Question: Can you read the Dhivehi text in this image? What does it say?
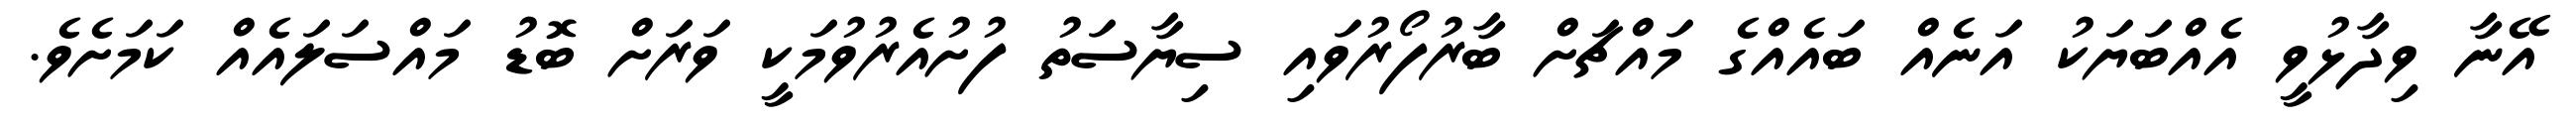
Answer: އޭނާ ވިދާޅުވީ އެއްބަޔަކު އަނެއް ބައެއްގެ މައްޗަށް ބާރުފޯރުވައި ސިޔާސަތު ފުށުއެރުވުމަކީ ވަރަށް ބޮޑު މައްސަލައެއް ކަމަށެވެ.